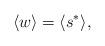
LaTeX: \begin{align*}\langle w \rangle = \langle s^{*} \rangle,\end{align*}